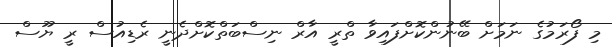
މި ފޯރަމުގެ ނަމަށް ބޭނުންކޮށްފައިވާ ތްރީ އާރް ނިސްބަތްކޮށްދެނީ ރެޑިއުސް ރީ ޔޫސް